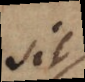
sit